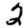
Digit: 2